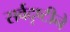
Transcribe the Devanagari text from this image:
सर्वदृष्टीने